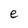
Character: e